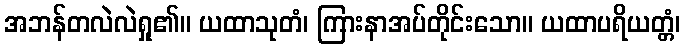
အဘန်တလဲလဲရှု၏။ ယထာသုတံ၊ ကြားနာအပ်တိုင်းသော။ ယထာပရိယတ္တံ၊